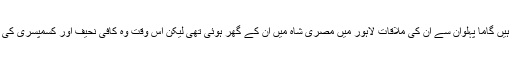
مجید شیخ کہتے ہیں گاما پہلوان سے ان کی ملاقات لاہور میں مصری شاہ میں ان کے گھر ہوئی تھی لیکن اس وقت وہ کافی نحیف اور کسمپسری کی حالت میں تھے۔